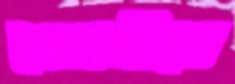
বোমাটিতে